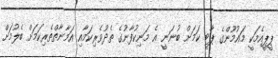
ޕީޕީއެމަކީ މައުމޫންގެ ޕާޓީ ކަމަށް ބުނަނީ އެ މަނިކުފާނުގެ ތެދުވެރިކަމާއި އަމާނާތްތެރިކަމަށް ބެލުމަށް